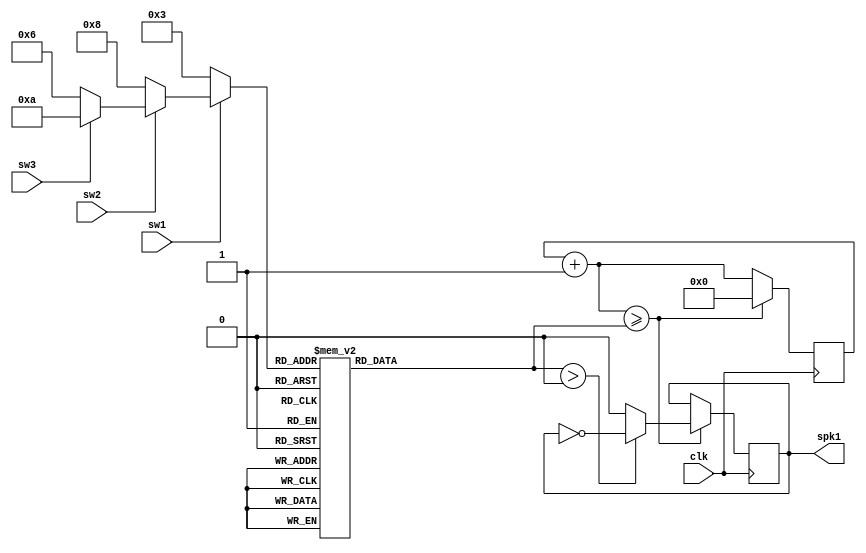
module musicbox(clk, sw1, sw2, sw3, spk1);

input clk, sw1, sw2, sw3;
output reg spk1;

reg [25:0] clk_counter = 0;
reg [25:0] limiter = 25_000_000;

parameter hundred = 3, ten = 8, digit = 6; // the last 3-digits of my student id is 383 -> 386
reg [3:0] num = 10;

always @(*) begin
	
	// check for pressing switch
	
	if (sw1 == 0) begin
		// Pressing S7 set num to 3 -- highest priority
		num = hundred;
	end else if (sw2 == 0) begin
		// Pressing S6 set num to 8
		num = ten;
	end else if (sw3 == 0) begin
		// Pressing S5 set num to 6
		num = digit;
	end else begin
		// Not pressing anything set num to 10 (which means no sound)
		num = 10;
	end
	
	// choose frequency via num
	case(num)
		1: limiter = 25_000_000 / 262; // C4
		2: limiter = 25_000_000 / 294; // D4
		3: limiter = 25_000_000 / 330; // E4
		4: limiter = 25_000_000 / 349; // F4
		5: limiter = 25_000_000 / 392; // G4
		6: limiter = 25_000_000 / 440; // A4
		7: limiter = 25_000_000 / 494; // B4
		8: limiter = 25_000_000 / 524; // C5
		9: limiter = 25_000_000 / 587; // D5
		0: limiter = 25_000_000 / 659; // E5
		default: limiter = 0;		   // No Sound
	endcase
	
end

// clock divider --> input frequency to buzzer

always @(posedge clk) begin

	clk_counter = clk_counter + 1;
	if (clk_counter >= limiter) begin
		if (limiter > 0) begin
			spk1 = ~spk1;
		end else begin
			spk1 = 0;
		end
		clk_counter = 0;
	end

end

endmodule